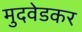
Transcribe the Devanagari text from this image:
मुदवेडकर